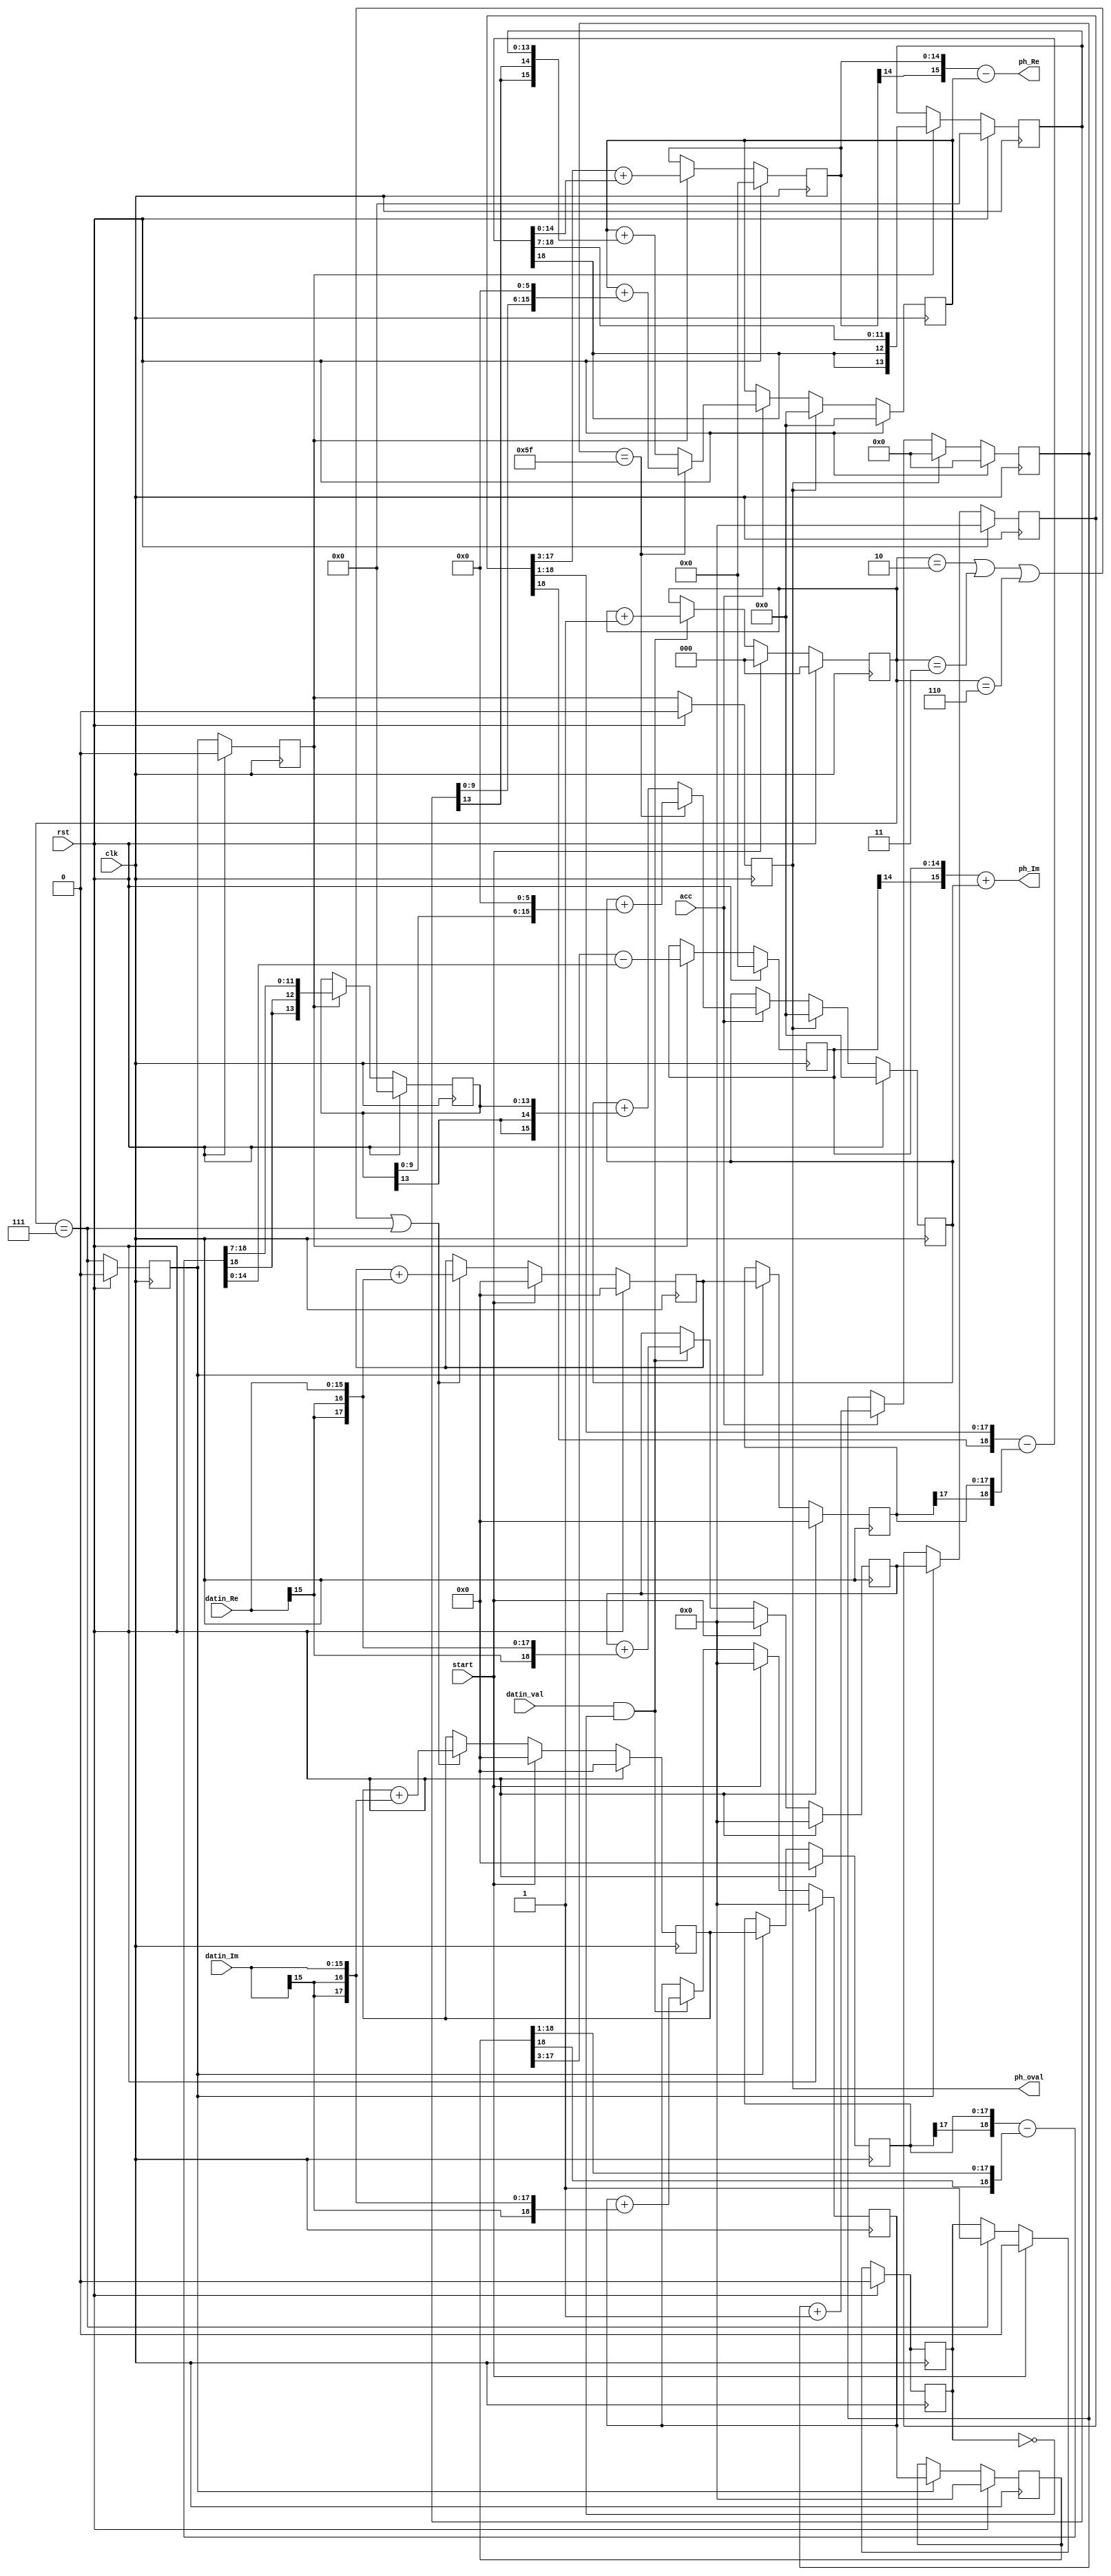
`timescale 1ns / 1ps
//////////////////////////////////////////////////////////////////////////////////
// Company: 
// Engineer: 
// 
// Design Name: 
// Module Name:    Ph_Est 
// Project Name: 
// Target Devices: 
// Tool versions: 
// Description: 
//
// Dependencies: 
//
// Revision: 
// Revision 0.01 - File Created
// Additional Comments: 
//
//////////////////////////////////////////////////////////////////////////////////
module PhTrack_Est(
	input 		 clk, rst, start, acc,
	input [15:0] datin_Re,		//Q 3.13
	input [15:0] datin_Im,		//Q 3.13
	input			 datin_val,
	output[15:0] ph_Re,		 
	output[15:0] ph_Im,
	output reg	 ph_oval
    );

reg  [2:0] 	ph_cnt;
reg  [18:0]	ph_sum8_Re, ph_sum8_Im;		// Q6.13
reg  [17:0]	ph_sum4_Re, ph_sum4_Im;		// Q5.13
reg 			sum_done;
reg 			sum_val_p, ph_est_p;

reg  [18:0]	ph_op1_Re, ph_op1_Im;		// Q6.13
reg  [17:0]	ph_op2_Re, ph_op2_Im;		// Q5.13
wire [18:0]	subsum1_Re, subsum1_Im;		// Q6.13
wire [15:0] addsum2_Re, subsum2_Im;		// Q3.13
reg  [13:0] acosbi, asinbi;				// Q1.13
reg  [14:0] sinbi, cosbi;					// Q2.13

reg  [15:0] ph_acc_Re, ph_acc_Im;		// Q3.13
wire [15:0] ph_est_Re, ph_est_Im;		// Q3.13

always@(posedge clk) begin
	if (rst)				begin
								acosbi 	<= 13'd0;
								asinbi 	<= 13'd0;
								sinbi 	<= 14'd0;
								cosbi 	<= 14'd0;
							end
	else if(ph_est_p)begin
								asinbi	<= {subsum1_Re[18], subsum1_Re[18], subsum1_Re[18:7]};		// subsum1_Re >> 7;  Q1.13
								cosbi		<= addsum2_Re[14:0];		// Q2.13				// subsum2_Re >> 3;  Q2.13
								acosbi	<= {subsum1_Im[18], subsum1_Im[18], subsum1_Im[18:7]};		// subsum1_Im >> 7;  Q1.13
								sinbi		<= subsum2_Im[14:0];		// Q2.13				// subsum2_Im >> 3;  Q2.13
							end	
end

assign subsum1_Re = {ph_op1_Re[18], ph_op1_Re[18:1]} 	- {ph_op2_Re[17], ph_op2_Re}; 	// Q6.13
assign addsum2_Re	= ph_op1_Re[18:3] 						+ subsum1_Re[15:0];	  	// Q3.13

assign subsum1_Im = {ph_op2_Im[17], ph_op2_Im} 			- {ph_op1_Im[18], ph_op1_Im[18:1]};	// Q6.13
assign subsum2_Im	=  ph_op1_Im[18:3] 						- subsum1_Im[15:0];		// Q3.13

always@(posedge clk) begin
	if (rst)				begin
								ph_op1_Re <= 19'd0;
								ph_op1_Im <= 19'd0;
								ph_op2_Re <= 18'd0;
								ph_op2_Im <= 18'd0;								
							end
	else if(sum_val_p)begin
								ph_op1_Re <= ph_sum8_Re;
								ph_op1_Im <= ph_sum8_Im;
								ph_op2_Re <= ph_sum4_Re;
								ph_op2_Im <= ph_sum4_Im;
							end	
end
always@(posedge clk) begin
	if (rst)	begin 
					ph_cnt <= 3'd0;
					ph_sum8_Re <= 19'd0;
					ph_sum8_Im <= 19'd0;
				end
	else if(start)begin 
					ph_cnt <= 3'd0;
					ph_sum8_Re <= 19'd0;
					ph_sum8_Im <= 19'd0;
				end
	else if(datin_val & (~sum_done)) begin
					ph_cnt <= ph_cnt + 1'b1;
					ph_sum8_Re <= ph_sum8_Re + {{3{datin_Re[15]}},datin_Re};
					ph_sum8_Im <= ph_sum8_Im + {{3{datin_Im[15]}},datin_Im};
				end					
end

always@(posedge clk) begin
	if (rst)	begin 
					ph_sum4_Re <= 18'd0;
					ph_sum4_Im <= 18'd0;
				end
	else if(start)begin 
					ph_sum4_Re <= 18'd0;
					ph_sum4_Im <= 18'd0;
				end
	else if((ph_cnt == 3'b010)|(ph_cnt == 3'b011)|(ph_cnt == 3'b110)|(ph_cnt == 3'b111)) begin
					ph_sum4_Re <= ph_sum4_Re + {{2{datin_Re[15]}},datin_Re};
					ph_sum4_Im <= ph_sum4_Im + {{2{datin_Im[15]}},datin_Im};
				end					
end

always@(posedge clk) begin
	if (rst)							sum_done	<=	1'b0;
	else if (start)				sum_done	<=	1'b0;
	else if(ph_cnt == 3'b111)	sum_done	<=	1'b1;				
end

always@(posedge clk) begin
	if (rst)							sum_done	<=	1'b0;
	else if (start)				sum_done	<=	1'b0;
	else if(ph_cnt == 3'b111)	sum_done	<=	1'b1;				
end
always@(posedge clk) begin
	if (rst)	begin
					sum_val_p	<=	1'b0;
					ph_est_p		<= 1'b0;
					ph_oval		<= 1'b0;
				end
	else 		begin
					ph_oval		<= ph_est_p;
					ph_est_p		<= sum_val_p;
					sum_val_p	<=	(ph_cnt == 3'b111);	
				end
end

reg [7:0] acc_cnt;
always@(posedge clk) begin
	if (rst)	begin 
					ph_acc_Re <= 16'd0;
					ph_acc_Im <= 16'd0;
					acc_cnt 	 <= 8'd0;
				end
	else if(ph_oval)begin 
					ph_acc_Re <= 16'd0;
					ph_acc_Im <= 16'd0;
					acc_cnt 	 <= 8'd0;
				end
	else if(acc) begin
				acc_cnt <= acc_cnt +1'b1;
					if (acc_cnt == 8'd95) begin
					ph_acc_Re <= ph_acc_Re + {asinbi[9:0], 6'd0}; // +64 *asinbi 	// Q3.13
					ph_acc_Im <= ph_acc_Im + {acosbi[9:0], 6'd0}; // +64 *acosbi	// Q3.13
					end
					else 
					begin
					ph_acc_Re <= ph_acc_Re + {{2{asinbi[13]}},asinbi};  	// Q3.13
					ph_acc_Im <= ph_acc_Im + {{2{acosbi[13]}},acosbi};		// Q3.13
					end
				end
end

assign ph_est_Re 	= {cosbi[14],cosbi} - ph_acc_Re; //Q3.13;
assign ph_est_Im 	= {sinbi[14],sinbi} + ph_acc_Im; //Q3.13;
assign ph_Re		= ph_est_Re[15:0];		//Q3.13;
assign ph_Im		= ph_est_Im[15:0];		//Q3.13;

endmodule